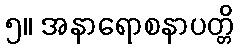
၅။ အနာရောစနာပတ္တိ